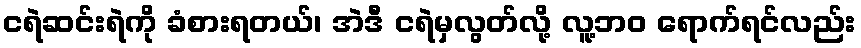
ငရဲဆင်းရဲကို ခံစားရတယ်၊ အဲဒီ ငရဲမှလွတ်လို့ လူ့ဘဝ ရောက်ရင်လည်း